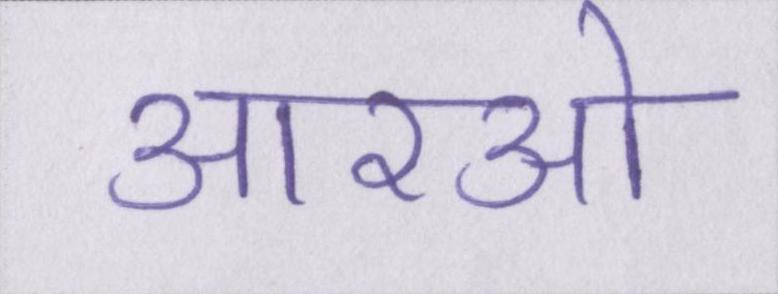
आरओ